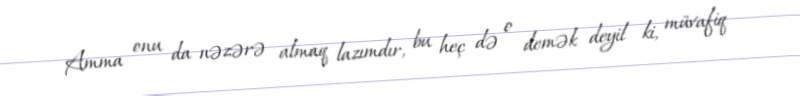
Amma onu da nəzərə almaq lazımdır, bu heç də o demək deyil ki, müvafiq